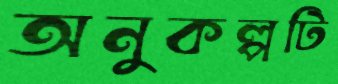
অনুকল্পটি